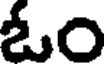
ఓం